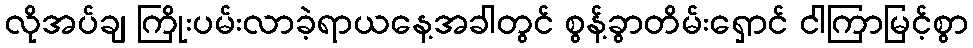
လိုအပ်ချ ကြိုးပမ်းလာခဲ့ရာယနေ့အခါတွင် စွန့်ခွာတိမ်းရှောင် ငါကြာမြင့်စွာ